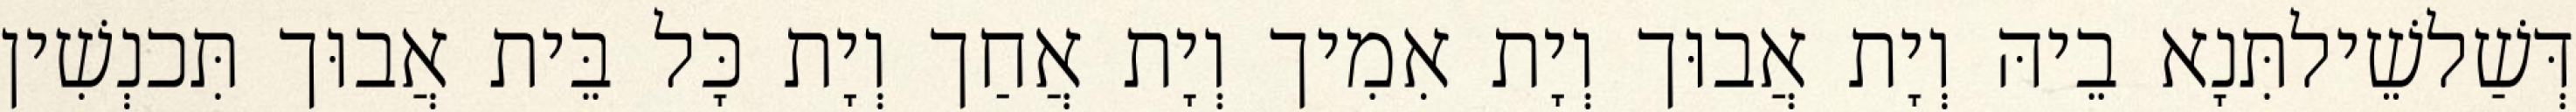
דְּשַׁלשֵׁילתִּנָא בֵיהּ וְיָת אֲבוּך וְיָת אִמִיך וְיָת אֲחַך וְיָת כָּל בֵּית אֲבוּך תִּכנְשִׁין